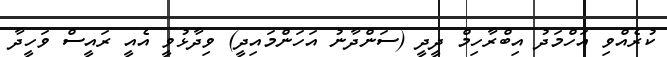
ކުރެއްވި އަހްމަދު އިބްރާހިމް ދީދީ (ސަންދާނު އަހަންމައިދީ) ވިދާޅުވީ އެއީ ރައީސް ވަހީދާ